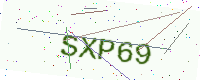
Text: SXP69